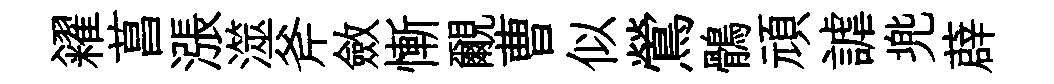
糴菖漲澨斧斂慚覼曹似鶯鶻頑謔兠薜